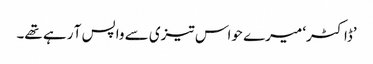
’ڈاکٹر‘ میرے حواس تیزی سے واپس آ رہے تھے۔